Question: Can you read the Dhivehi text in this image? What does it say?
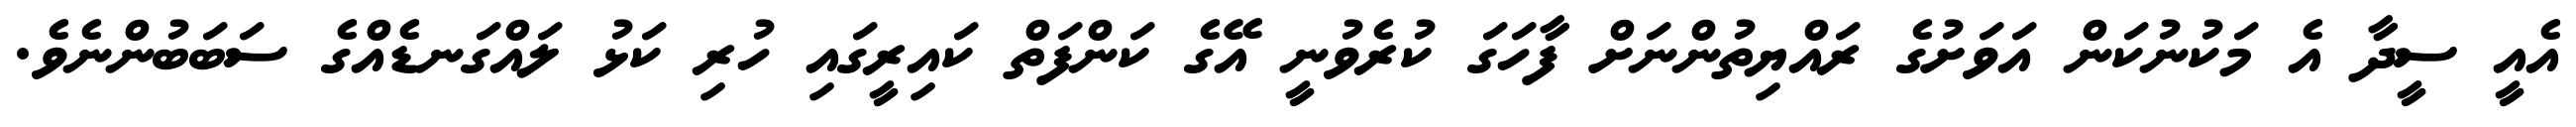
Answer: އެއީ ސީދާ އެ މަކުނުކަން އަވަށުގެ ރައްޔިތުންނަށް ފާހަގަ ކުރެވުނީ އޭގެ ކަންފަތް ކައިރީގައި ހުރި ކަޅު ލައްގަނޑެއްގެ ސަބަބުންނެވެ.